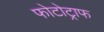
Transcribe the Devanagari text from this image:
फोटोट्राफ